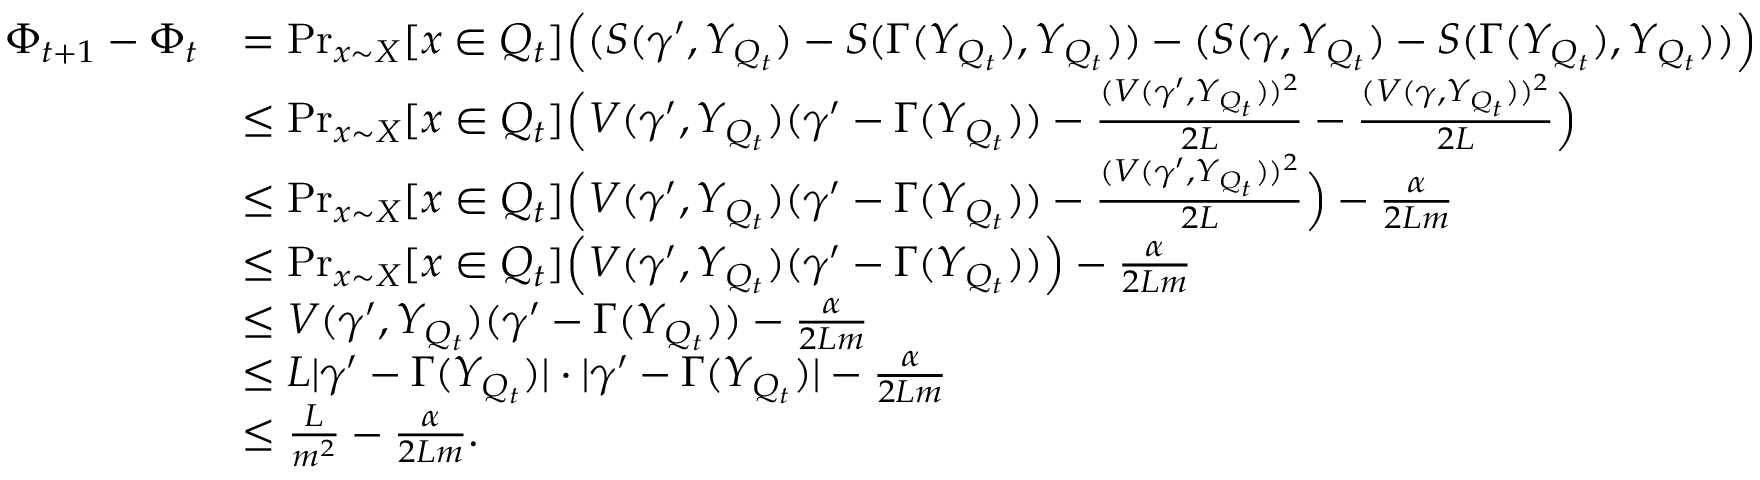
\begin{array} { r l } { \Phi _ { t + 1 } - \Phi _ { t } } & { = \operatorname* { P r } _ { x \sim X } [ x \in Q _ { t } ] \Big ( ( S ( \gamma ^ { \prime } , Y _ { Q _ { t } } ) - S ( \Gamma ( Y _ { Q _ { t } } ) , Y _ { Q _ { t } } ) ) - ( S ( \gamma , Y _ { Q _ { t } } ) - S ( \Gamma ( Y _ { Q _ { t } } ) , Y _ { Q _ { t } } ) ) \Big ) } \\ & { \leq \operatorname* { P r } _ { x \sim X } [ x \in Q _ { t } ] \Big ( V ( \gamma ^ { \prime } , Y _ { Q _ { t } } ) ( \gamma ^ { \prime } - \Gamma ( Y _ { Q _ { t } } ) ) - \frac { ( V ( \gamma ^ { \prime } , Y _ { Q _ { t } } ) ) ^ { 2 } } { 2 L } - \frac { ( V ( \gamma , Y _ { Q _ { t } } ) ) ^ { 2 } } { 2 L } \Big ) } \\ & { \leq \operatorname* { P r } _ { x \sim X } [ x \in Q _ { t } ] \Big ( V ( \gamma ^ { \prime } , Y _ { Q _ { t } } ) ( \gamma ^ { \prime } - \Gamma ( Y _ { Q _ { t } } ) ) - \frac { ( V ( \gamma ^ { \prime } , Y _ { Q _ { t } } ) ) ^ { 2 } } { 2 L } \Big ) - \frac { \alpha } { 2 L m } } \\ & { \leq \operatorname* { P r } _ { x \sim X } [ x \in Q _ { t } ] \Big ( V ( \gamma ^ { \prime } , Y _ { Q _ { t } } ) ( \gamma ^ { \prime } - \Gamma ( Y _ { Q _ { t } } ) ) \Big ) - \frac { \alpha } { 2 L m } } \\ & { \leq V ( \gamma ^ { \prime } , Y _ { Q _ { t } } ) ( \gamma ^ { \prime } - \Gamma ( Y _ { Q _ { t } } ) ) - \frac { \alpha } { 2 L m } } \\ & { \leq L | \gamma ^ { \prime } - \Gamma ( Y _ { Q _ { t } } ) | \cdot | \gamma ^ { \prime } - \Gamma ( Y _ { Q _ { t } } ) | - \frac { \alpha } { 2 L m } } \\ & { \leq \frac { L } { m ^ { 2 } } - \frac { \alpha } { 2 L m } . } \end{array}